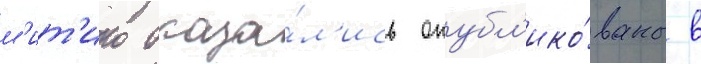
м'ит'ико оказа́л'ись опубл'ико́ваны в